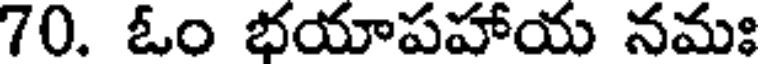
70. ఓం భయాపహాయ నమః